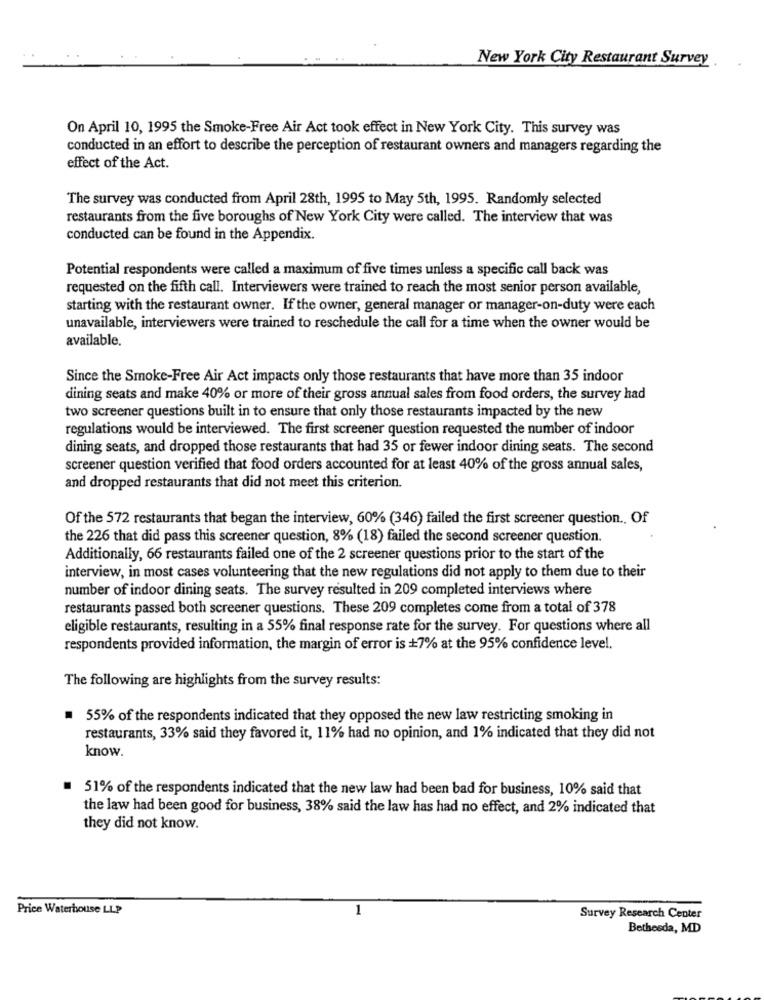
New York City Restaurant Survey
On April 10, 1995 the Smoke-Free Air Act took effect in New York City. This survey was
conducted in an effort to describe the perception of restaurant owners and managers regarding the
effect of the Act.
The survey was conducted from April 28th, 1995 to May 5th, 1995. Randomly selected
restaurants from the five boroughs of New York City were called. The interview that was
conducted can be found in the Appendix.
Potential respondents were called a maximum of five times unless a specific call back was
requested on the fifth call. Interviewers were trained to reach the most senior person available,
starting with the restaurant owner. If the owner, general manager or manager-on-duty were each
unavailable, interviewers were trained to reschedule the call for a time when the owner would be
available.
Since the Smoke-Free Air Act impacts only those restaurants that have more than 35 indoor
dining seats and make 40% or more of their gross annual sales from food orders, the survey had
two screener questions built in to ensure that only those restaurants impacted by the new
regulations would be interviewed. The first screener question requested the number of indoor
dining seats, and dropped those restaurants that had 35 or fewer indoor dining seats. The second
screener question verified that food orders accounted for at least 40% of the gross annual sales,
and dropped restaurants that did not meet this criterion.
Of the 572 restaurants that began the interview, 60% (346) failed the first screener question .. Of
the 226 that did pass this screener question, 8% (18) failed the second screener question.
Additionally, 66 restaurants failed one of the 2 screener questions prior to the start of the
interview, in most cases volunteering that the new regulations did not apply to them due to their
number of indoor dining seats. The survey resulted in 209 completed interviews where
restaurants passed both screener questions. These 209 completes come from a total of 378
eligible restaurants, resulting in a 55% final response rate for the survey. For questions where all
respondents provided information, the margin of error is +7% at the 95% confidence level,
The following are highlights from the survey results:
55% of the respondents indicated that they opposed the new law restricting smoking in
restaurants, 33% said they favored it, 11% had no opinion, and 1% indicated that they did not
know.
51% of the respondents indicated that the new law had been bad for business, 10% said that
the law had been good for business, 38% said the law has had no effect, and 2% indicated that
they did not know.
Price Waterhouse LLP
1
Survey Research Center
Bethesda, MD